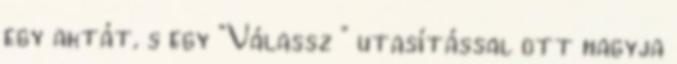
egy aktát, s egy "Válassz " utasítással ott hagyja